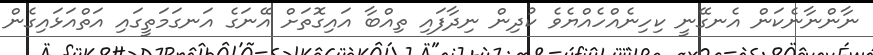
ނާންނާނެކަން އެނގޭނީ ކިހިނެއްހެއްޔެވެ ކުދިން ނިދާފައި ތިއްބާ އައިގޮތަށް އޭނަގެ އަނގަމަތީގައި އަތްއަޅައިގެން